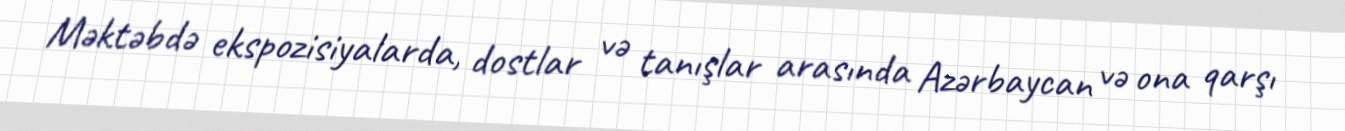
Məktəbdə ekspozisiyalarda, dostlar və tanışlar arasında Azərbaycan və ona qarşı